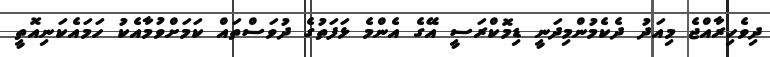
ދިވެހިރާއްޖެ މިއަދު ދެކެމުންމިދަނީ ޑިމޮކްރަސީ އޭގެ އެންމެ ޅަފަތުގެ ދުވަސްތައް ކަމަށްވުމާއެކު ހަމައެކަނިއޮތީ